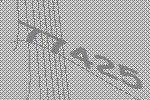
77425